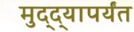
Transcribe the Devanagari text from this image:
मुद्द्‍यापर्यंत